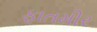
ફાતમીર